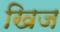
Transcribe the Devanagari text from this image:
खिज